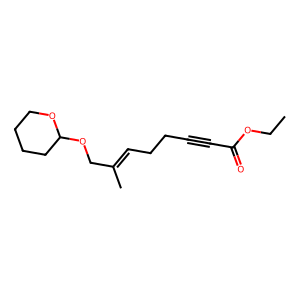
SMILES: CCOC(=O)C#CCCC=C(C)COC1CCCCO1
Inhibits HIV replication: No